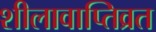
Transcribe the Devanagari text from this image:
शीलावाप्तिव्रत